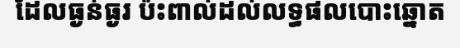
ដែលធ្ងន់ធ្ងរ ប៉ះពាល់ដល់លទ្ធផលបោះឆ្នោត